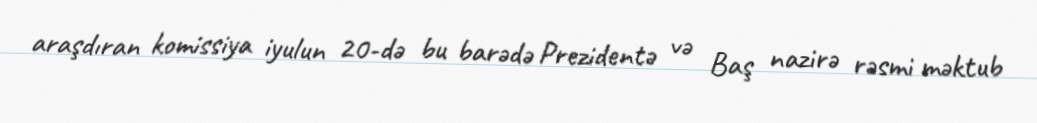
araşdıran komissiya iyulun 20-də bu barədə Prezidentə və Baş nazirə rəsmi məktub